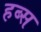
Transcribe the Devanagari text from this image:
हब्स